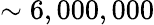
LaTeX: \sim 6,000,000